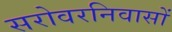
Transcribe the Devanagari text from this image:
सरोवरनिवासों